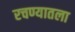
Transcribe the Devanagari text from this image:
रचण्यातला